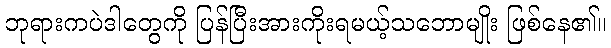
ဘုရားကပဲဒါတွေကို ပြန်ပြီးအားကိုးရမယ့်သဘောမျိုး ဖြစ်နေ၏။